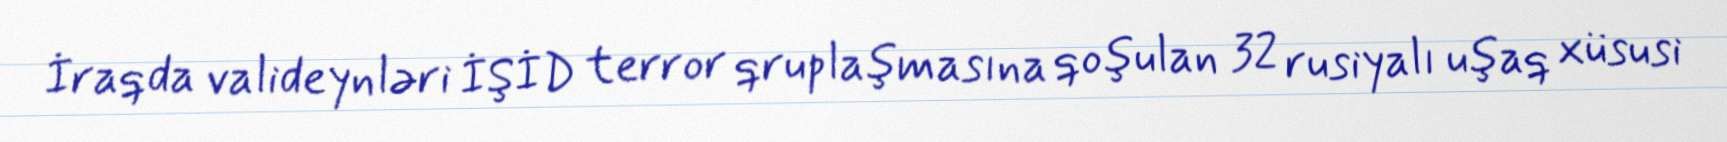
İraqda valideynləri İŞİD terror qruplaşmasına qoşulan 32 rusiyalı uşaq xüsusi